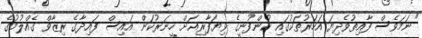
"ނަމަވެސް ފާއިތުވެދިޔަ އަހަރުތަކުގައި ކުންފުނީގެ ވިޔަފާރިއަށް ހީނަރުކަން އައިސް ފައިދާގެ ރިޒާވް ގެއްލުމުގެ